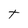
Character: T